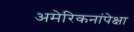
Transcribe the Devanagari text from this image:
अमेरिकनांपेक्षा